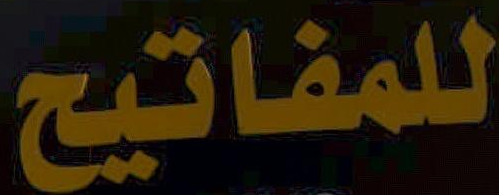
للمفاتيح